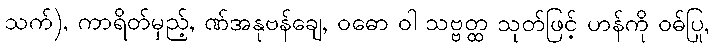
သက်), ကာရိတ်မှည့်, ဏ်အနုဗန်ချေ, ဝဓော ဝါ သဗ္ဗတ္ထ သုတ်ဖြင့် ဟန်ကို ဝဓ်ပြု,